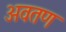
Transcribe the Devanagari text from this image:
अवतण